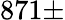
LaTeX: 871\pm